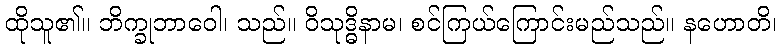
ထိုသူ၏။ ဘိက္ခုဘာဝေါ၊ သည်။ ဝိသုဒ္ဓိနာမ၊ စင်ကြယ်ကြောင်းမည်သည်။ နဟောတိ၊